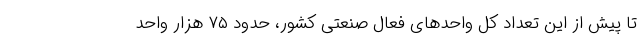
تا پیش از این تعداد کل واحد‌های فعال صنعتی کشور، حدود ۷۵ هزار واحد